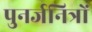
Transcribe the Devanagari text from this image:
पुनर्जनित्रों